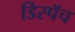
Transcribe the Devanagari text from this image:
डिस्पॅच